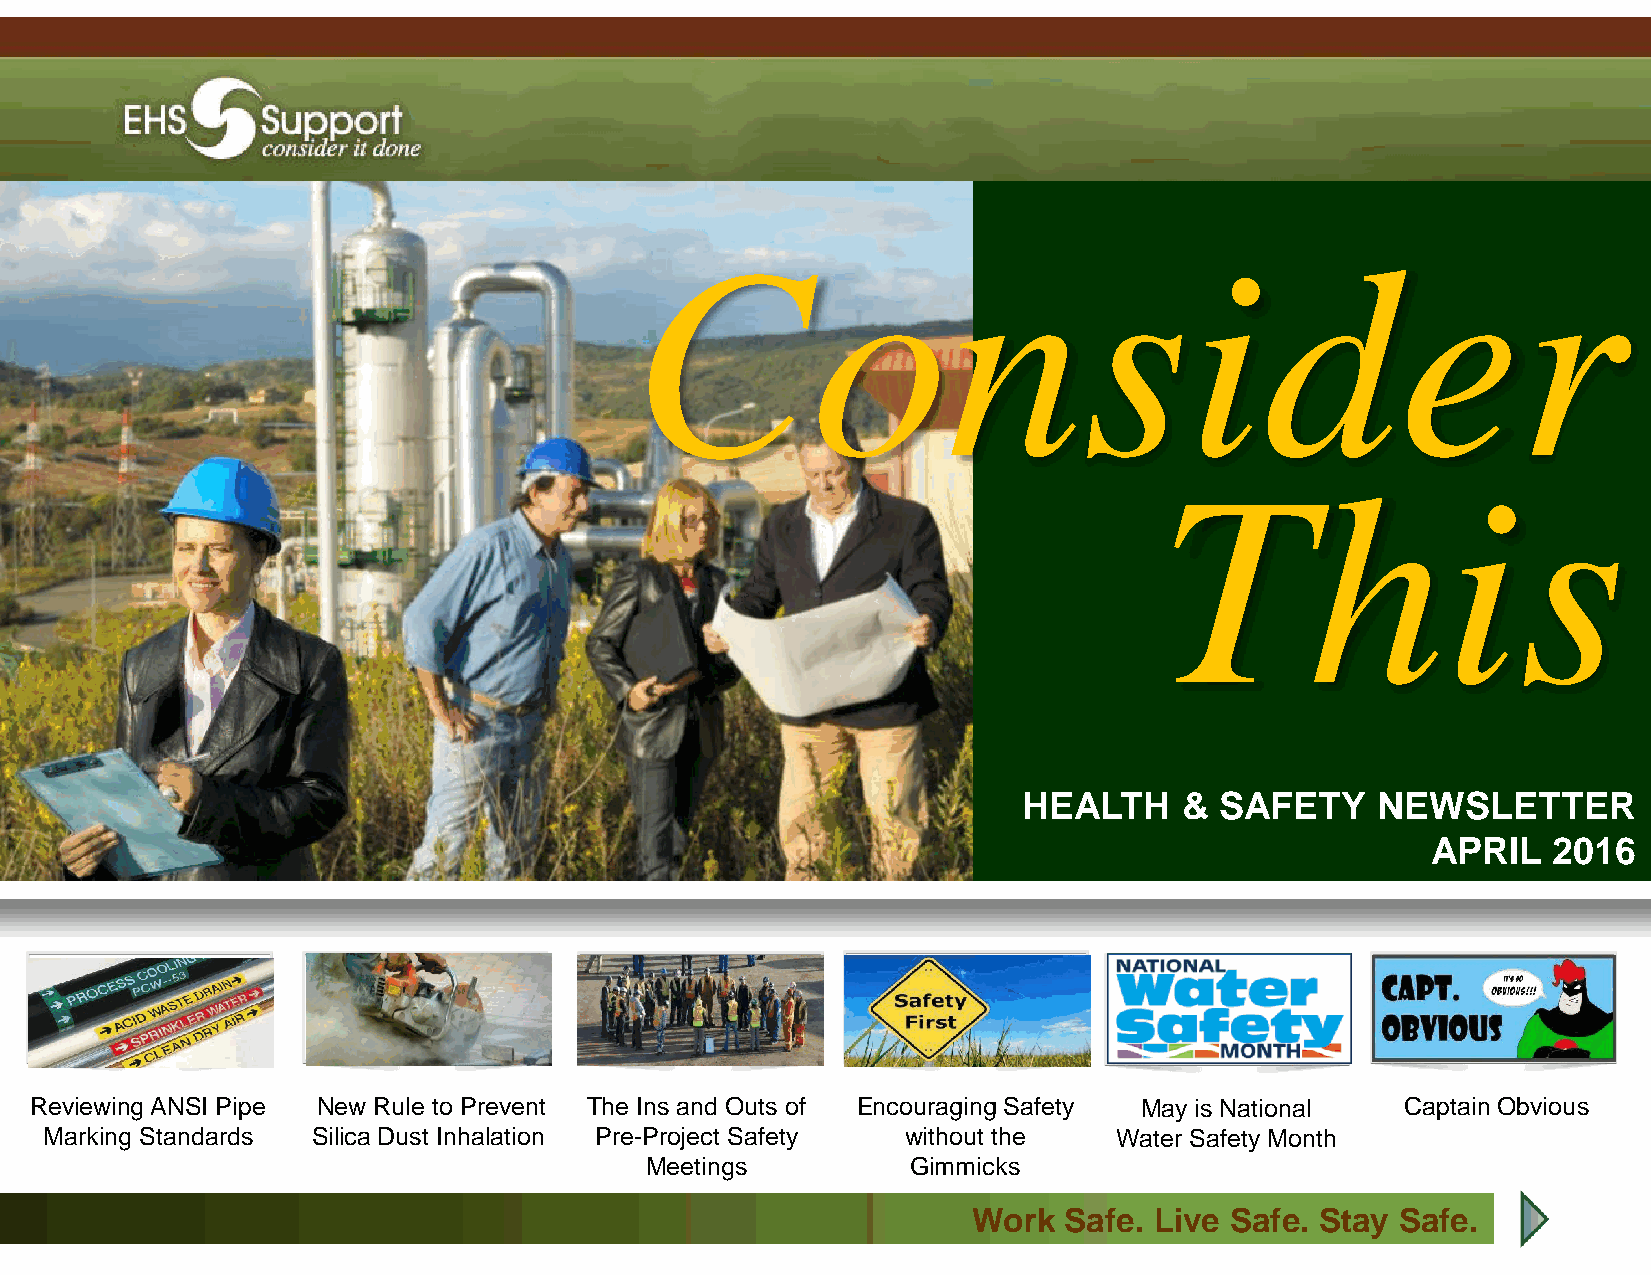
IIssssuuee 44 || AApprriill 22001133
 4.67x6.58
 Consider
 0x1.21
 This
 HEALTH    &  SAFETY    NEWSLETTER
 APRIL   2016
 Reviewing ANSI Pipe New Rule to Prevent The Ins and Outs of Encouraging Safety May is National Captain Obvious
 Marking Standards Silica Dust Inhalation Pre-Project Safety without the Water Safety Month
 Meetings         Gimmicks
 WWoorrkk SSaaffee.. LLiivvee SSaaffee.. SSttaayy SSaaffee..